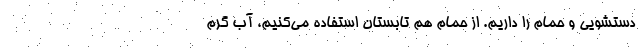
دستشویی و حمام را داریم. از حمام هم تابستان استفاده می‌کنیم، آب گرم